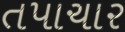
તપાચાર